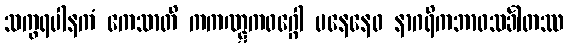
သက္ခရပါနကံ ကေသာတိ ကကဏ္ဋကဝဂ္ဂေါ မနေနေဝ နာဂရိကဘာဝသင်္ခါတဿ